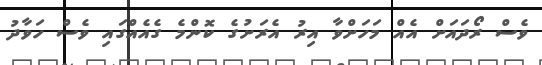
ވެސް ރޯދައަށް އެއް މަހަށްވާ އިރު އެރަށުގެ ކޮންމެ ގެއެއްގައި ވެސް ހަވާދު